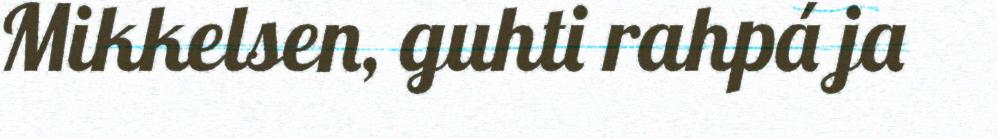
Mikkelsen, guhti rahpá ja